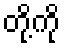
တို့ကို